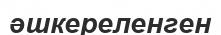
әшкереленген